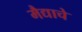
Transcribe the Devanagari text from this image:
मैद्याचे